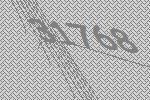
31768